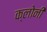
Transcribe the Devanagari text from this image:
क्लोनी